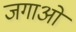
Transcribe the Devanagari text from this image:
जगाओं